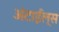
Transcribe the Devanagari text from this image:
अंटाईल्स